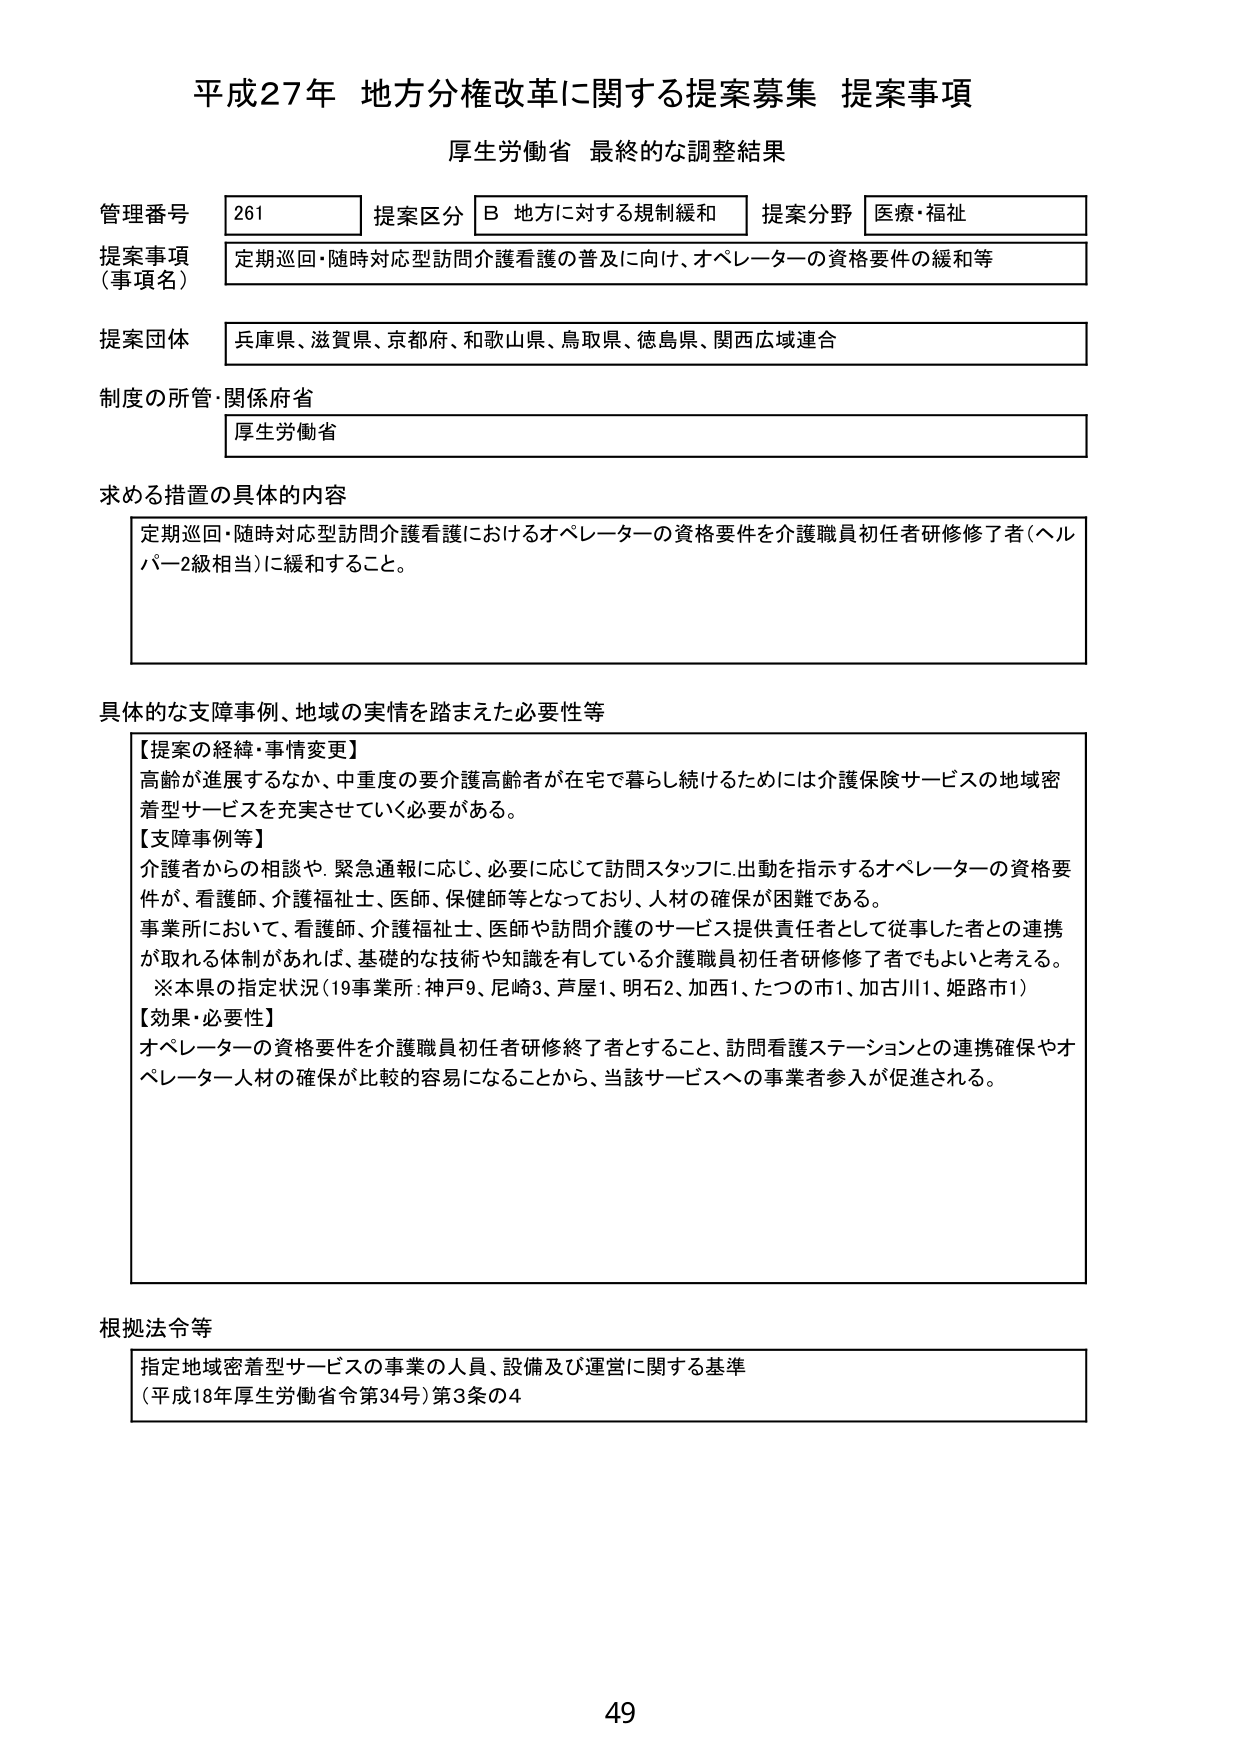
平成27年 地方分権改革に関する提案募集 提案事項
厚生労働省 最終的な調整結果

管理番号 261
提案区分 B 地方に対する規制緩和
提案分野 医療・福祉

提案事項（事項名）
定期巡回・随時対応型訪問介護看護の普及に向け、オペレーターの資格要件の緩和等

提案団体
兵庫県、滋賀県、京都府、和歌山県、鳥取県、徳島県、関西広域連合

制度の所管・関係府省
厚生労働省

求める措置の具体的内容
定期巡回・随時対応型訪問介護看護におけるオペレーターの資格要件を介護職員初任者研修修了者（ヘルパー2級相当）に緩和すること。

具体的な支障事例、地域の実情を踏まえた必要性等
【提案の経緯・事情変更】
高齢が進展するなか、中重度の要介護高齢者が在宅で暮らし続けるためには介護保険サービスの地域密着型サービスを充実させていく必要がある。
【支障事例等】
介護者からの相談や、緊急通報に応じ、必要に応じて訪問スタッフに出動を指示するオペレーターの資格要件が、看護師、介護福祉士、医師、保健師等となっており、人材の確保が困難である。
事業所において、看護師、介護福祉士、医師や訪問介護のサービス提供責任者として従事した者との連携が取れる体制があれば、基礎的な技術や知識を有している介護職員初任者研修修了者でもよいと考える。
※本県の指定状況（19事業所：神戸9、尼崎3、芦屋1、明石2、加西1、たつの市1、加古川1、姫路市1）
【効果・必要性】
オペレーターの資格要件を介護職員初任者研修終了者とすること、訪問看護ステーションとの連携確保やオペレーター人材の確保が比較的容易になることから、当該サービスへの事業者参入が促進される。

根拠法令等
指定地域密着型サービスの事業の人員、設備及び運営に関する基準
（平成18年厚生労働省令第34号）第3条の4

49